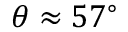
\theta \approx 5 7 ^ { \circ }